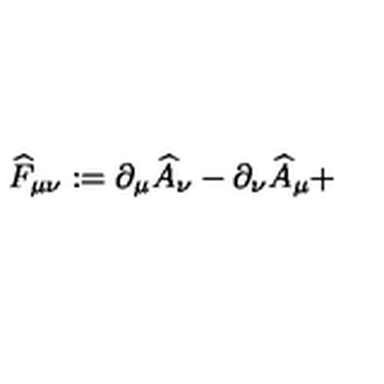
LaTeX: \widehat { F } _ { \mu \nu } : = \partial _ { \mu } \widehat { A } _ { \nu } - \partial _ { \nu } \widehat { A } _ { \mu } +